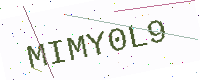
Text: MIMY0L9